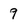
Character: 9